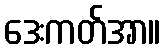
ဒေးကတ်အာ။